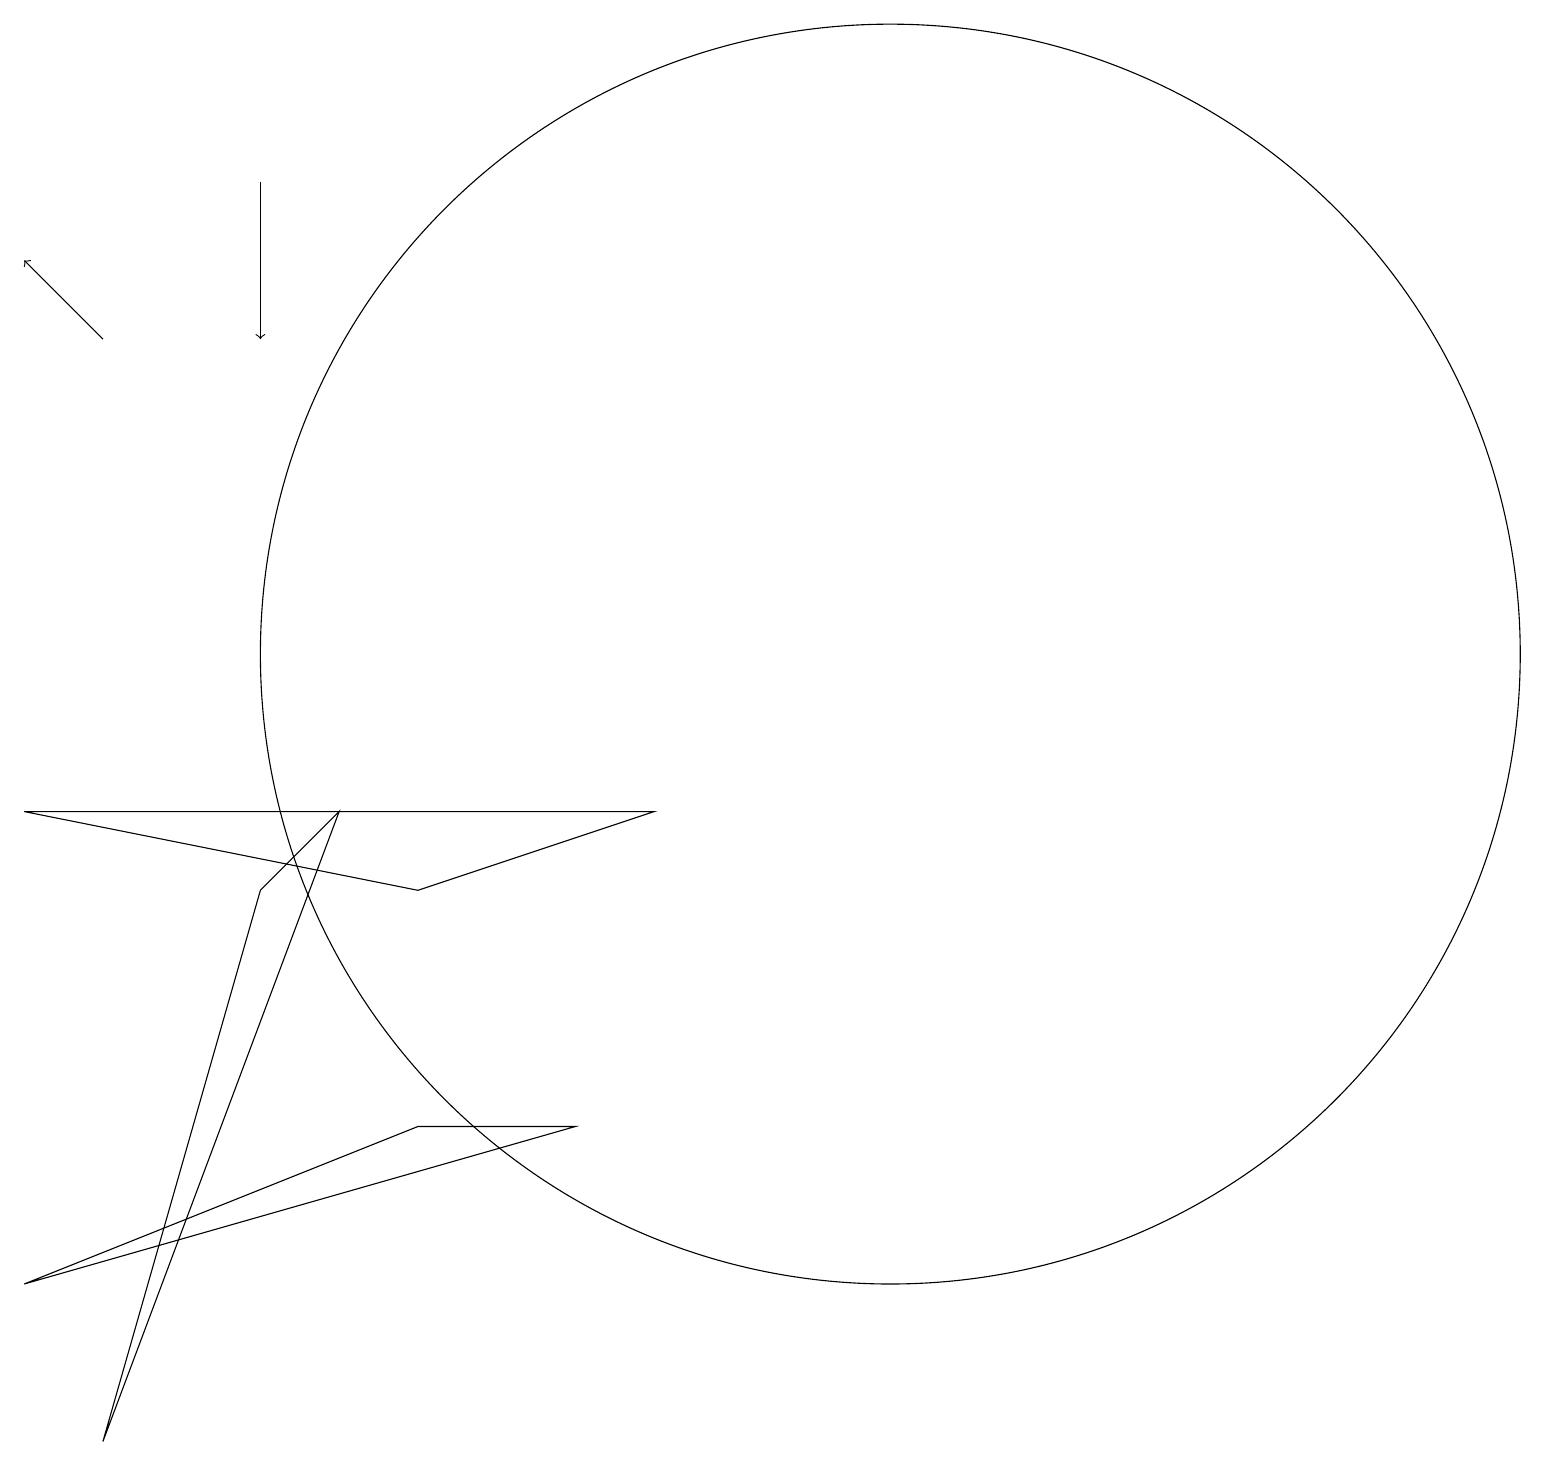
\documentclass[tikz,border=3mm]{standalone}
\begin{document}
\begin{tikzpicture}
\draw (5,5) -- (7,5) -- (0,3) -- cycle;
\draw (8,9) -- (5,8) -- (0,9) -- cycle;
\draw[->] (1,15) -- (0,16);
\draw[->] (3,17) -- (3,15);
\draw (11,11) circle (8);
\draw (3,8) -- (4,9) -- (1,1) -- cycle;
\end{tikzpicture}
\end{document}